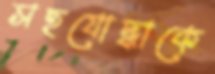
সহযোদ্ধাকে